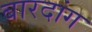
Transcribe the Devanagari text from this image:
बारदांग